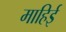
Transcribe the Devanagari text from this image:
माहिई